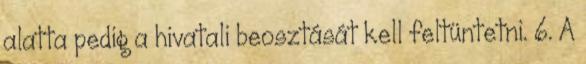
alatta pedig a hivatali beosztását kell feltüntetni. 6. A